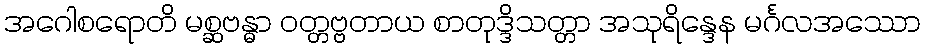
အဂေါစရောတိ မစ္ဆဗန္ဓာ ဝတ္တဗ္ဗတာယ စာတုဒ္ဒိသတ္တာ အသုရိန္ဒေန မင်္ဂလအဿော